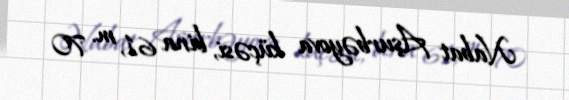
Nabat Aşurbəyova küçəsi, bina 61, m. 70